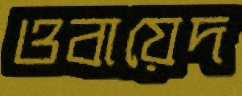
ওবায়েদ